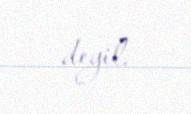
deyil.